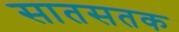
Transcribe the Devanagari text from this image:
सातसतक